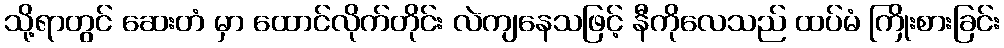
သို့ရာတွင် ဆေးတံ မှာ ထောင်လိုက်တိုင်း လဲကျနေသဖြင့် နီကိုလေသည် ထပ်မံ ကြိုးစားခြင်း